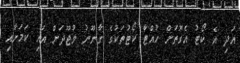
އަދި އެ ކޯޓު އެގޮތަށް ހުއްޓާ ކޯޓުތަކުގެ ގާނޫނު ވުޖޫދަށް އައި ކަމަށާއި